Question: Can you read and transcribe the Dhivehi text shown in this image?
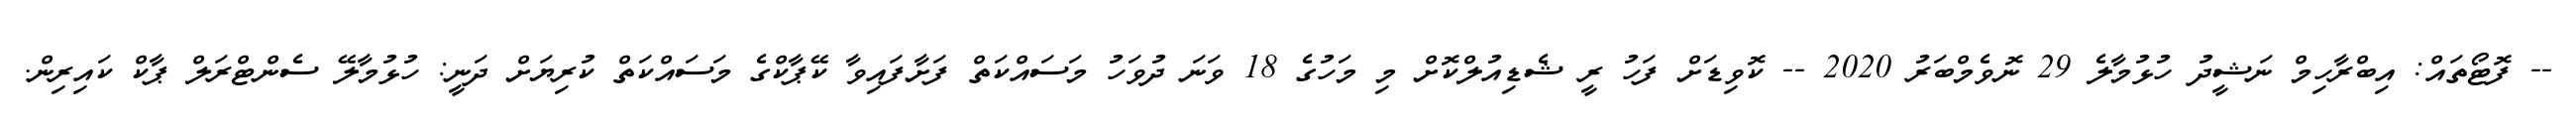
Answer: -- ފޮޓޯތައް: އިބްރާހިމް ނަޝީދު ހުޅުމާލެ 29 ނޮވެމްބަރު 2020 -- ކޮވިޑަށް ފަހު ރީ ޝެޑިއުލްކޮށް މި މަހުގެ 18 ވަނަ ދުވަހު މަސައްކަތް ފަށާފައިވާ ކޭޕާކްގެ މަސައްކަތް ކުރިޔަށް ދަނީ: ހުޅުމާލޭ ސެންޓްރަލް ޕާކް ކައިރިން.